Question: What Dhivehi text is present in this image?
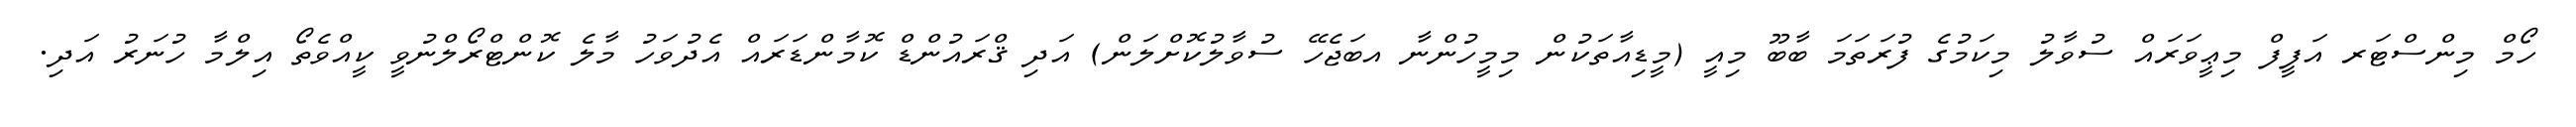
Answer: ހޯމް މިންސްޓަރ އަފީފް މިޢީވަރައް ސުވާލު މިކަމުގެ ފުރަތަމަ ބާބޫ މިއީ (މީޑިއާތަކުން މިމީހުންނާ އބަޖެހޭ ސުވާލުކޮށްލަން) އަދި ޤްރައުންޑް ކޮމާންޑަރައް އެދުވަހު މާލެ ކޮންޓްރޯލްނުވީ ކީއްވެތޯ އިލްމާ ހުނަރު އަދި.